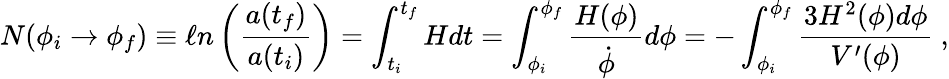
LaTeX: N(\phi_{i}\rightarrow\phi_{f})\equiv\ell n\left(\frac{a(t_{f})}{a(t_{i})}\right)=\int_{t_{i}}^{t_{f}}Hdt=\int_{\phi_{i}}^{\phi_{f}}\frac{H(\phi)}{\dot{\phi}}d\phi=-\int_{\phi_{i}}^{\phi_{f}}\frac{3H^{2}(\phi)d\phi}{V^{\prime}(\phi)}~,